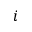
i